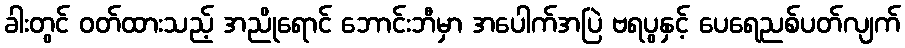
ခါးတွင် ဝတ်ထားသည့် အညိုရောင် ဘောင်းဘီမှာ အပေါက်အပြဲ ဗရပွနှင့် ပေရေညစ်ပတ်လျက်